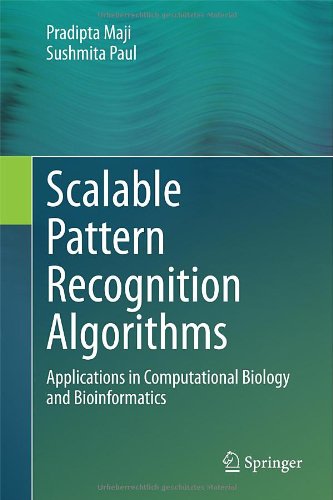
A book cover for Scalable Pattern Recognition Algorithms: Applications in Computational Biology and Bioinformatics; Pradipta Maji; Computers & Technology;